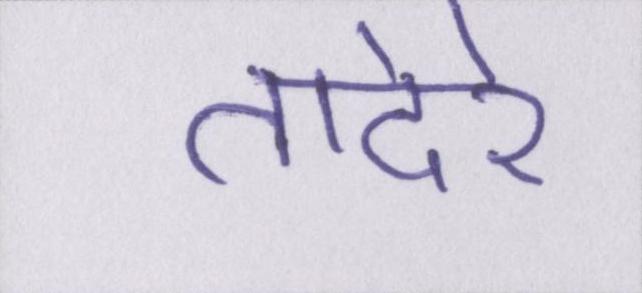
तादेरे